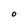
Character: O